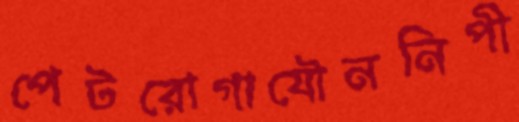
পেটরোগাযৌননিপী